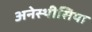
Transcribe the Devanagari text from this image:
अनेस्थीसिया